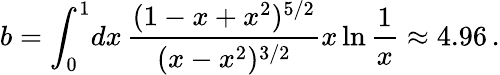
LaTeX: b=\int_{0}^{1}\! dx\, {\frac{(1-x+x^{2})^{5/2}}{(x-x^{2})^{3/2}}}x\ln{\frac{1}{x}}\approx 4.96\, .